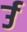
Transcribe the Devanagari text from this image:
र्उ